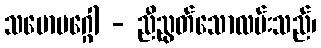
သမောမဂ္ဂေါ - ညီညွတ်သောလမ်းသည်၊